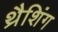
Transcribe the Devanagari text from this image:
थ्रैशिंग